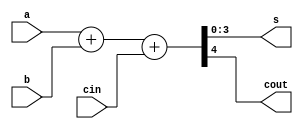
// This program was cloned from: https://github.com/paollacq/Verilog
// License: MIT License

/**************************************************
 P1.1 4-bit FULL ADDER DATAFLOW
 ************************************************/

 module full_adder_4bit_df(s,cout,a,b,cin); 
 	input [3:0]a, b;
 	input cin;
 	output [3:0]s;
 	output cout;

 	assign {cout,s} = a + b + cin;


 endmodule